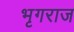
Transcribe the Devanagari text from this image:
भृगराज